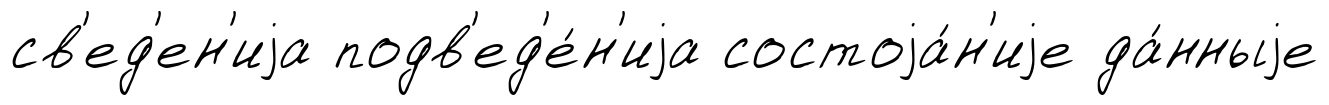
св'ед'ен'иjа подв'ед'е́н'иjа состоjа́н'иjе да́нныjе